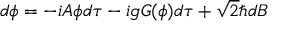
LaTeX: d \phi = - i { \cal A } \phi d \tau - i g G ( \phi ) d \tau + \sqrt { 2 } \hbar d B